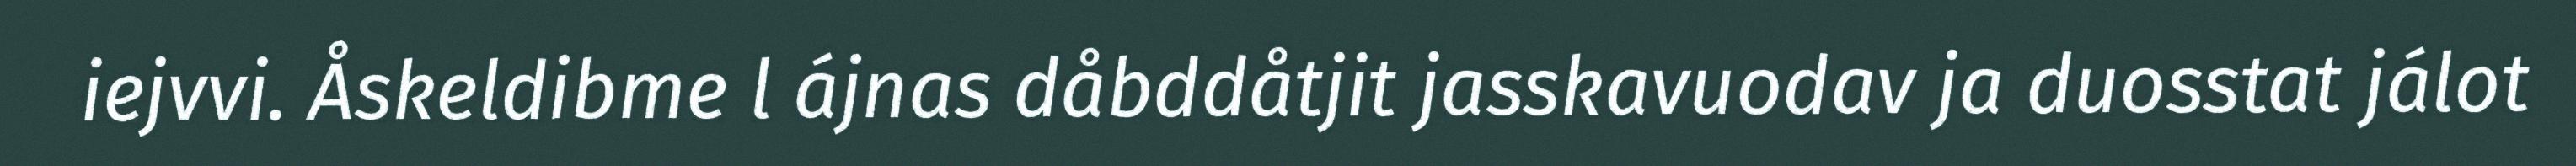
iejvvi. Åskeldibme l ájnas dåbddåtjit jasskavuodav ja duosstat jálot